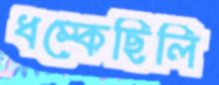
ধম্‌কেছিলি